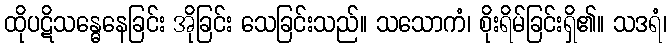
ထိုပဋိသန္ဓေနေခြင်း အိုခြင်း သေခြင်းသည်။ သသောကံ၊ စိုးရိမ်ခြင်းရှိ၏။ သဒရံ၊